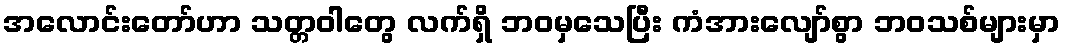
အလောင်းတော်ဟာ သတ္တဝါတွေ လက်ရှိ ဘဝမှသေပြီး ကံအားလျော်စွာ ဘဝသစ်များမှာ